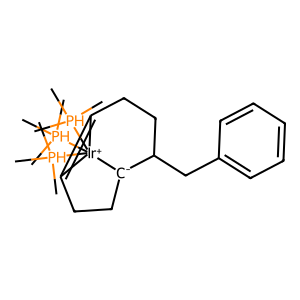
SMILES: C[PH](C)(C)[Ir+]12([PH](C)(C)C)([PH](C)(C)C)C3=C1CCC(Cc1ccccc1)[C-]2CC3
Inhibits HIV replication: No